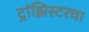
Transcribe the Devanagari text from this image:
ट्रांझिस्टरचा